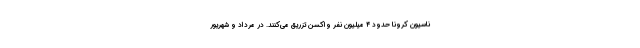
ناسیون کرونا حدود ۴ میلیون نفر واکسن تزریق می‌کنند. در مرداد و شهریور